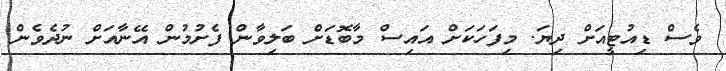
ވެސް ޑިއުޓީއަށް ދިޔަ. މިފަހަކަށް އައިސް މާބޮޑަށް ބަލިވާން ފެށުމުން އޭނާއަށް ނުދެވެން